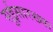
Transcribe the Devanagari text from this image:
सुईसारख्या